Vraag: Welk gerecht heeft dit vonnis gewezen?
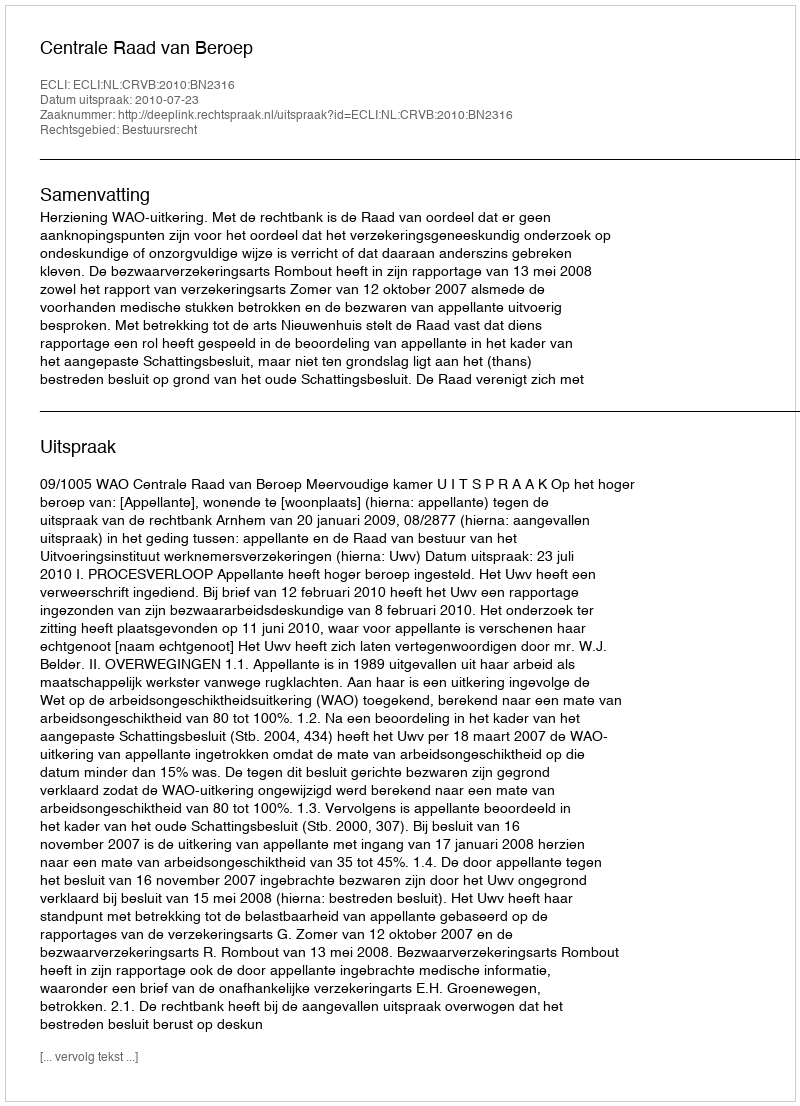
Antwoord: Centrale Raad van Beroep